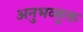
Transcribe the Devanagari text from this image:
अनुभव्युक्त